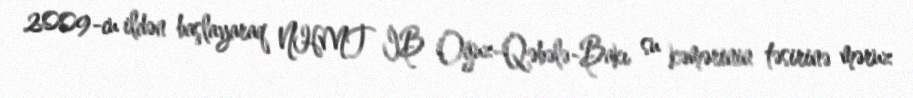
2009-cu ildən başlayaraq NHMT İB Oğuz-Qəbələ-Bakı su kəmərinin təsirinə məruz